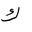
Letter: _kaf